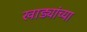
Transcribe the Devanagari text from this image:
खाड्यांच्या